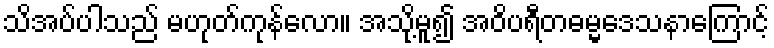
သိအပ်ပါသည် မဟုတ်ကုန်လော။ အသို့မူ၍ အဝိပရီတဓမ္မဒေသနာကြောင့်